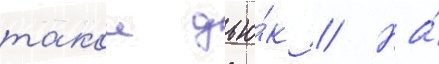
такои дью́к // На́